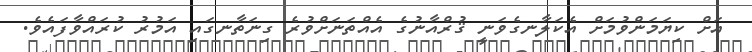
އަށް ކިޔަމަންވުމަށް އެކަލާނގެވަނީ ޤުރްއާނުގެ އެއްތަނަށްވުރެ ގިނަތާނގައި އަމުރު ކުރައްވާފައެވެ.